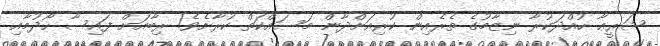
ޝަރީޢާ ހުއްދަކުރާ ނިޒާމުގެ ތެރެއިން ކުރިއަށްދާން މަސައްކަތް ކުރާށެވެ! ރިބާއަށް ފައިސާ ހޯދުމާއި